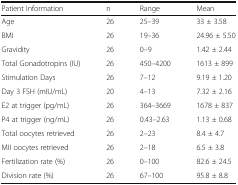
<table><thead><tr><td><b>Patient Information</b></td><td><b>n</b></td><td><b>Range</b></td><td><b>Mean</b></td></tr></thead><tbody><tr><td>Age</td><td>26</td><td>25–39</td><td>33 ± 3.58</td></tr><tr><td>BMI</td><td>26</td><td>19–36</td><td>24.96 ± 5.50</td></tr><tr><td>Gravidity</td><td>26</td><td>0–9</td><td>1.42 ± 2.44</td></tr><tr><td>Total Gonadotropins (IU)</td><td>26</td><td>450–4200</td><td>1613 ± 899</td></tr><tr><td>Stimulation Days</td><td>26</td><td>7–12</td><td>9.19 ± 1.20</td></tr><tr><td>Day 3 FSH (mIU/mL)</td><td>20</td><td>4–13</td><td>7.32 ± 2.16</td></tr><tr><td>E2 at trigger (pg/mL)</td><td>26</td><td>364–3669</td><td>1678 ± 837</td></tr><tr><td>P4 at trigger (ng/mL)</td><td>26</td><td>0.43–2.63</td><td>1.13 ± 0.68</td></tr><tr><td>Total oocytes retrieved</td><td>26</td><td>2–23</td><td>8.4 ± 4.7</td></tr><tr><td>MII oocytes retrieved</td><td>26</td><td>2–18</td><td>6.5 ± 3.8</td></tr><tr><td>Fertilization rate (%)</td><td>26</td><td>0–100</td><td>82.6 ± 24.5</td></tr><tr><td>Division rate (%)</td><td>26</td><td>67–100</td><td>95.8 ± 8.8</td></tr></tbody></table>